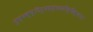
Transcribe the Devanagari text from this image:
पुष्पवृष्टिर्महत्यासीद्दिव्यानां